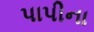
પાપીના